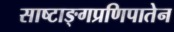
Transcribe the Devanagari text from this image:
साष्टाङ्गप्रणिपातेन